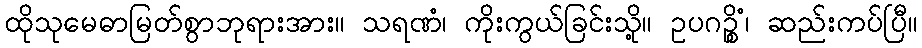
ထိုသုမေဓာမြတ်စွာဘုရားအား။ သရဏံ၊ ကိုးကွယ်ခြင်းသို့။ ဥပဂဉ္စိံ၊ ဆည်းကပ်ပြီ။